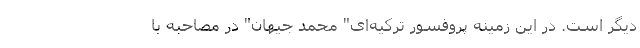
دیگر است. در این زمینه پروفسور ترکیه‌ای" محمد جیهان" در مصاحبه با